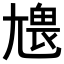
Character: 𡯹